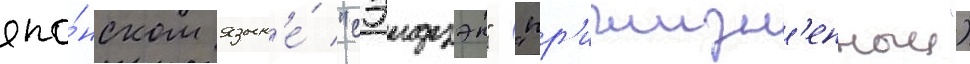
япо́нском язык'е́ "сэидзэн" ("пр'ижизн'енныи")